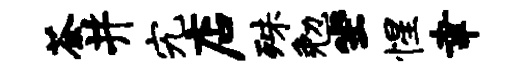
荼井究店殊勉坐惺聿